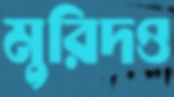
মুরিদও